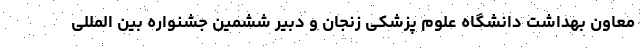
معاون بهداشت دانشگاه علوم پزشکی زنجان و دبیر ششمین جشنواره بین المللی